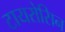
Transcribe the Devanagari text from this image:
टायरोसिन